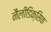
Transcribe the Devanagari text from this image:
नैलीडिक्सिक